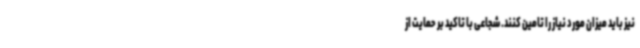
نیز باید میزان مورد نیاز را تامین کنند. شجاعی با تاکید بر حمایت از